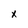
Character: x